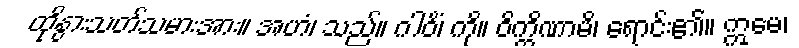
ထိုနွားသတ်သမားအား။ အဟံ၊ သည်။ ဂါဝိံ၊ ကို။ ဝိက္ကိဏာမိ၊ ရောင်း၏။ ဣမေ၊